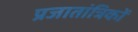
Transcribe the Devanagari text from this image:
प्रजातांत्रिकों